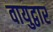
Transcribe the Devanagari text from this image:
वायुद्वार